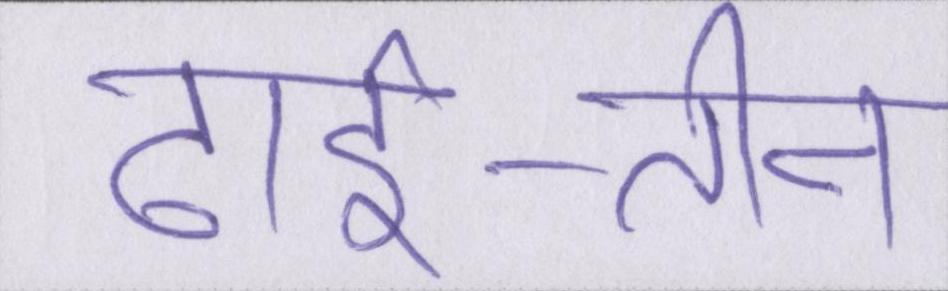
ढाई-तीन